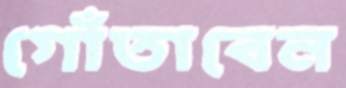
গোঁতাবেন